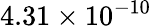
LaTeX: {4.31\times 10^{-10}}